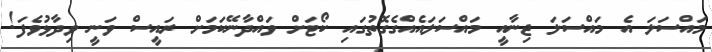
މައްސަލަ އެ މައްސަލަ ޖިނާއީ މައްސަލައެއްގެގޮތުގައި ކޯޓަށް ވައްދާނޭކަމަށް ރައީސް ވަނީ ވިދާޅުވެފަ!